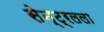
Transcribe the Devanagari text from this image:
सेन्ट्रलला